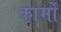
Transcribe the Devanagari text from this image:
कार्मों